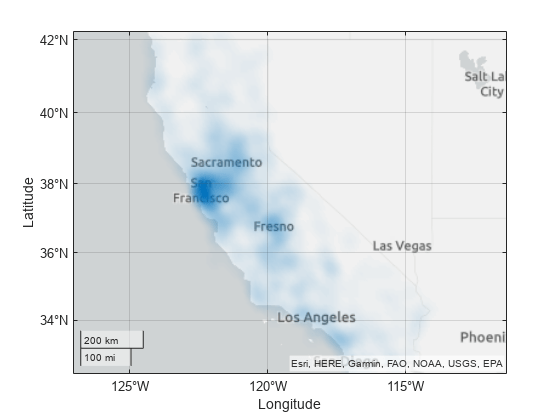
matlab, geodensityplot